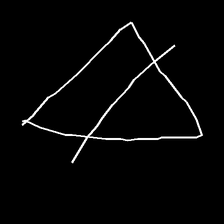
Glyph: empower